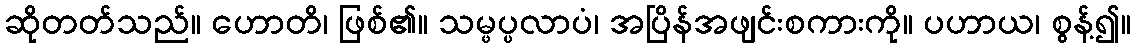
ဆိုတတ်သည်။ ဟောတိ၊ ဖြစ်၏။ သမ္ဖပ္ပလာပံ၊ အပြိန်အဖျင်းစကားကို။ ပဟာယ၊ စွန့်၍။